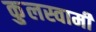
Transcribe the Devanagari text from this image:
कुुलस्वामी